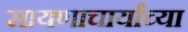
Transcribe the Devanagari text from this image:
सायणाचार्यांच्या